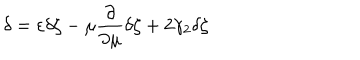
LaTeX: \delta = \varepsilon \delta \zeta - \mu \frac { \partial } { \partial \mu } \delta \zeta + 2 \gamma _ { 2 } \delta \zeta